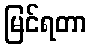
မြင်ရတာ